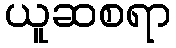
ယူဆစရာ